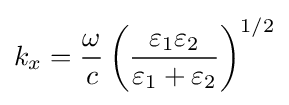
k_{x}={\frac {\omega }{c}}\left({\frac {\varepsilon _{1}\varepsilon _{2}}{\varepsilon _{1}+\varepsilon _{2}}}\right)^{1/2}